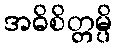
အဓိစိတ္တမ္ပိ